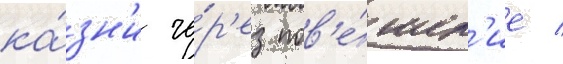
ка́зн'и че́р'ез пов'е́шен'ие /